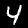
Label: 4